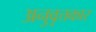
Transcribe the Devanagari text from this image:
अनुवृत्तकार